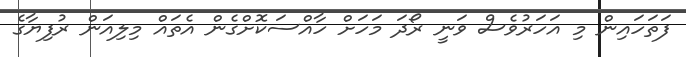
ފަތަހައިން މި އަހަރުވެސް ވަނީ ރޯދަ މަހަށް ހާއްސަކޮށްގެން އެތައް މިލިއަން ރުފިޔާގެ